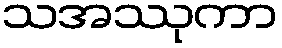
သအဿုကာ